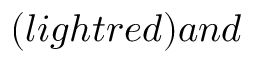
( l i g h t r e d ) a n d